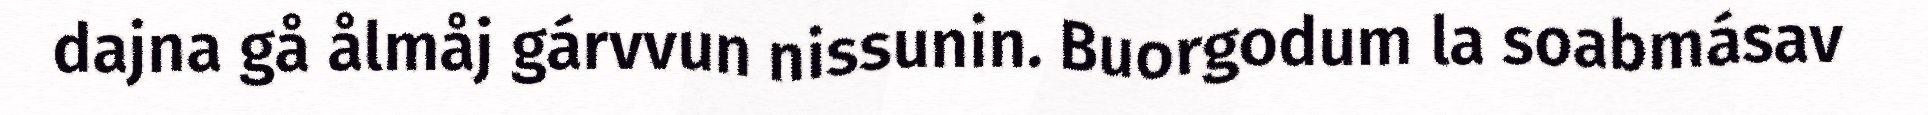
dajna gå ålmåj gárvvun nissunin. Buorgodum la soabmásav